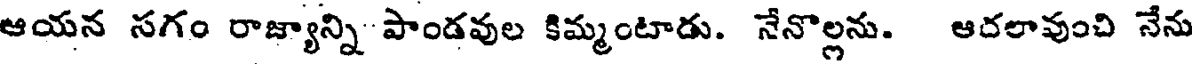
ఆయన సగం రాజ్యాన్ని పాండవుల కిమ్మంటాడు. నేనొల్లను. ఆదలావుంచి నేను